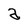
Character: a